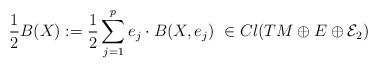
LaTeX: \begin{align*}\frac{1}{2}B(X):=\frac{1}{2}\sum_{j=1}^pe_j\cdot B(X,e_j)\ \in Cl(TM\oplus E\oplus \mathcal{E}_2)\end{align*}